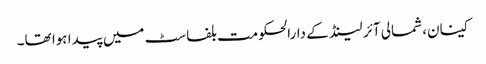
کینان، شمالی آئر لینڈ کے دارالحکومت بلفاسٹ میں پیدا ہوا تھا۔